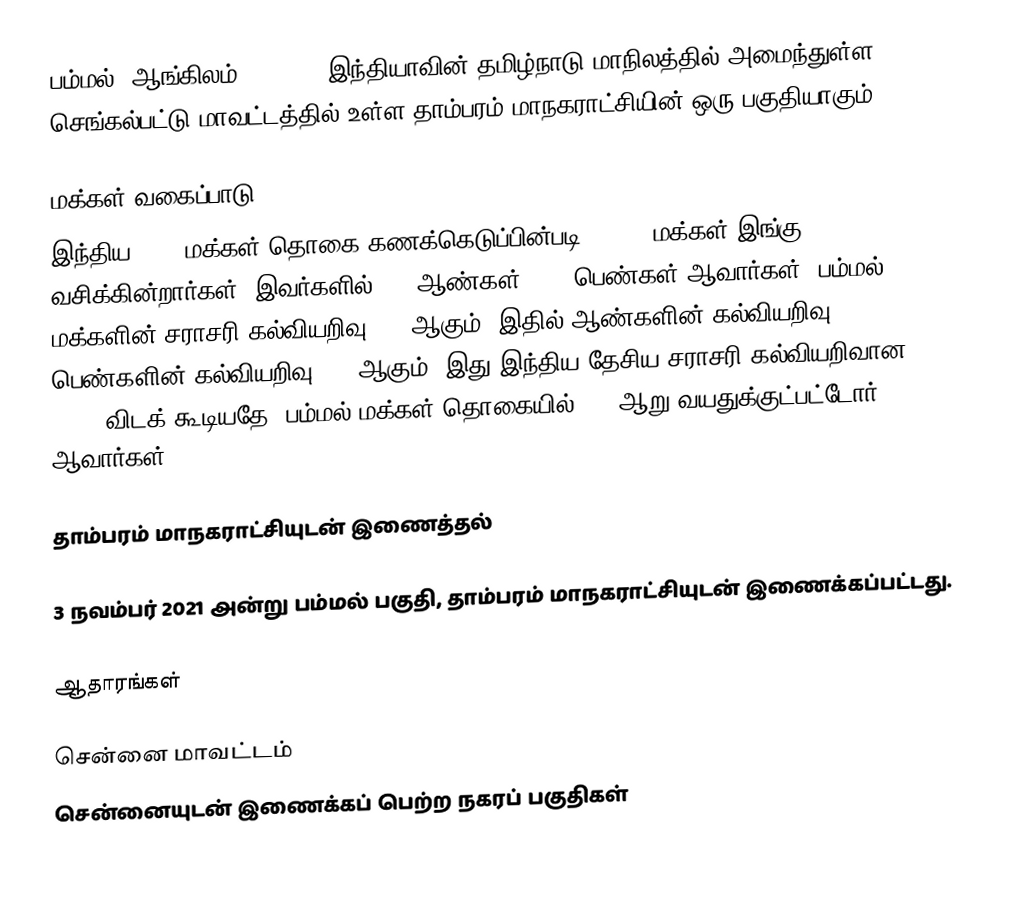
பம்மல் (ஆங்கிலம்:Pammal), இந்தியாவின் தமிழ்நாடு மாநிலத்தில் அமைந்துள்ள செங்கல்பட்டு மாவட்டத்தில் உள்ள தாம்பரம் மாநகராட்சியின் ஒரு பகுதியாகும்.

மக்கள் வகைப்பாடு
இந்திய 2001 மக்கள் தொகை கணக்கெடுப்பின்படி 49,744 மக்கள் இங்கு வசிக்கின்றார்கள். இவர்களில் 51% ஆண்கள், 49% பெண்கள் ஆவார்கள். பம்மல் மக்களின் சராசரி கல்வியறிவு 81% ஆகும்,  இதில் ஆண்களின் கல்வியறிவு 85%,  பெண்களின் கல்வியறிவு 77% ஆகும். இது இந்திய தேசிய சராசரி கல்வியறிவான 59.5% விடக் கூடியதே. பம்மல் மக்கள் தொகையில் 10%  ஆறு வயதுக்குட்பட்டோர் ஆவார்கள்.

தாம்பரம் மாநகராட்சியுடன் இணைத்தல்

3 நவம்பர் 2021 அன்று பம்மல் பகுதி,  தாம்பரம் மாநகராட்சியுடன் இணைக்கப்பட்டது.

ஆதாரங்கள்

சென்னை மாவட்டம்
சென்னையுடன் இணைக்கப் பெற்ற நகரப் பகுதிகள்